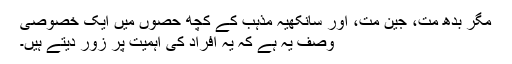
مگر بدھ مت، جین مت، اور سانکھیہ مذہب کے کچھ حصوں میں ایک خصوصی
وصف یہ ہے کہ یہ افراد کی اہمیت پر زور دیتے ہیں۔